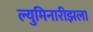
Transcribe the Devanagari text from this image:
ल्युमिनारीझला